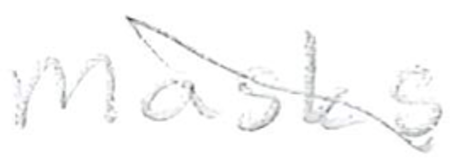
Text: masks
Cross-out: mix
Writing tool: pencil